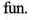
fun.